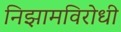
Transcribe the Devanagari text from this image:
निझामविरोधी